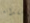
فقدانه